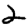
Digit: 2